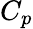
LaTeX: C_{p}